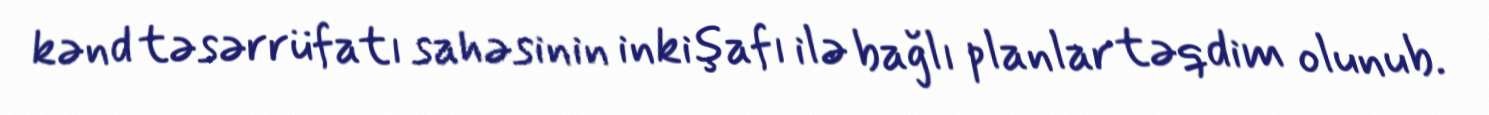
kənd təsərrüfatı sahəsinin inkişafı ilə bağlı planlar təqdim olunub.